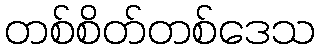
တစ်စိတ်တစ်ဒေသ